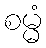
စမ္မံ